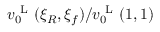
v _ { 0 } ^ { \mathrm { ~ L ~ } } ( \xi _ { R } , \xi _ { f } ) / v _ { 0 } ^ { \mathrm { ~ L ~ } } ( 1 , 1 )